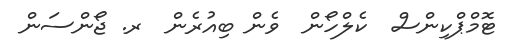
ޓޮމްޕްކިންސް  ކެލްހޯން  ވެން ބިއުރެން  ރ. ޖޯންސަން